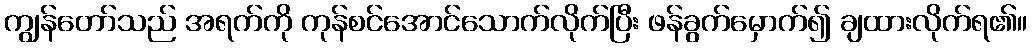
ကျွန်တော်သည် အရက်ကို ကုန်စင်အောင်သောက်လိုက်ပြီး ဖန်ခွက်မှောက်၍ ချထားလိုက်ရ၏။